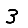
Digit: 3